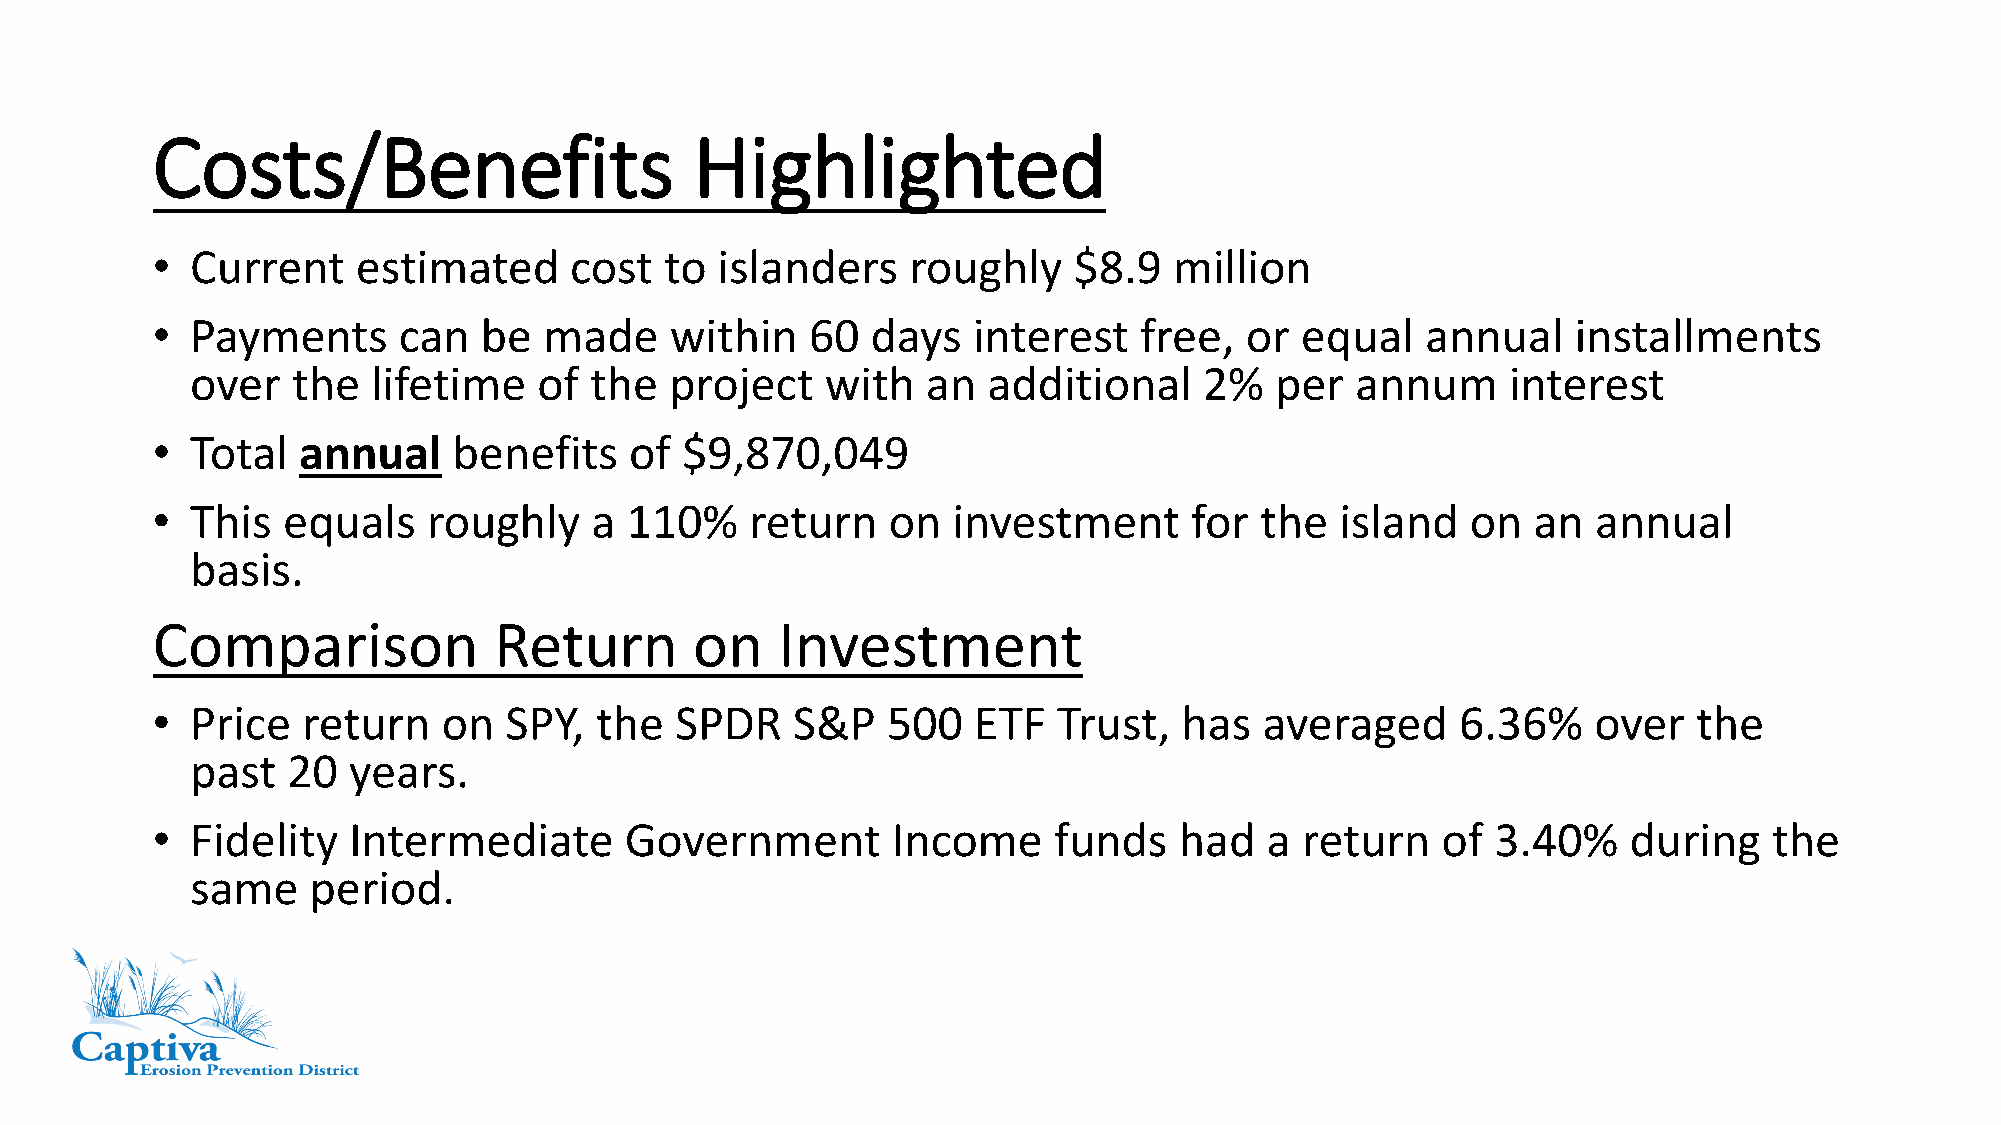
Costs/Benefits                      Highlighted
 •  Current    estimated     cost  to islanders    roughly    $8.9   million
 •  Payments     can   be  made    within    60  days  interest   free,  or  equal   annual    installments
 over  the   lifetime   of the  project    with  an  additional     2%  per   annum     interest
 •  Total  annual    benefits    of $9,870,049
 •  This  equals   roughly    a 110%     return   on  investment      for the   island  on  an   annual
 basis.
 Comparison             Return       on    Investment
 •  Price  return   on  SPY,  the   SPDR   S&P    500  ETF   Trust,  has   averaged     6.36%    over  the
 past  20  years.
 •  Fidelity  Intermediate      Government        Income     funds   had   a return   of  3.40%    during   the
 same   period.